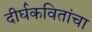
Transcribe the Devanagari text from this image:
दीर्घकवितांचा